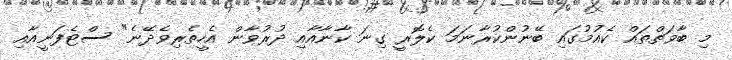
މި ބާވަތްތައް ކެއުމުގައި ބޭނުންކުރާނަމަ ކެލޮރީ ގިނަ ކާނާއާއި ދުރުވާން އެހީތެރިވެދޭނެ" ސްޓެފަނީއާއި